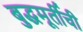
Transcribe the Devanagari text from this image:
बुद्धमूर्तीची